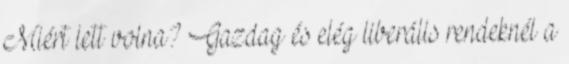
Miért lett volna? Gazdag és elég liberális rendeknél a